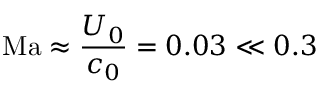
\mathrm { M a } \approx \frac { U _ { 0 } } { c _ { 0 } } = 0 . 0 3 \ll 0 . 3